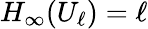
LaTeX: H_{\infty}(U_{\ell})=\ell